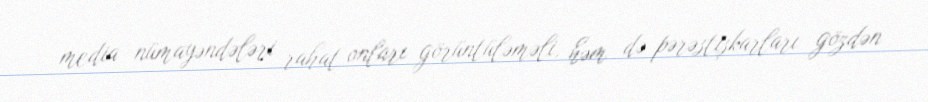
media nümayəndələri rahat onları görüntüləməli, həm də pərəstişkarları gözdən